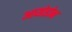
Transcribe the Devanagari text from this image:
आयोडोन